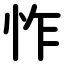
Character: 怍